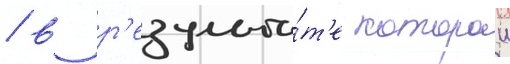
/ в р'езульта́т'е которои